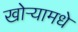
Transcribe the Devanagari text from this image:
खोऱ्यामधे